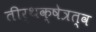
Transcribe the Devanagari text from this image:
तीर्थक्षेत्रत्व